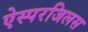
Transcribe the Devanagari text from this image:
ऐस्परजिलस